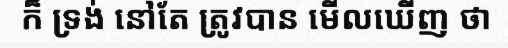
ក៏ ទ្រង់ នៅតែ ត្រូវបាន មើលឃើញ ថា